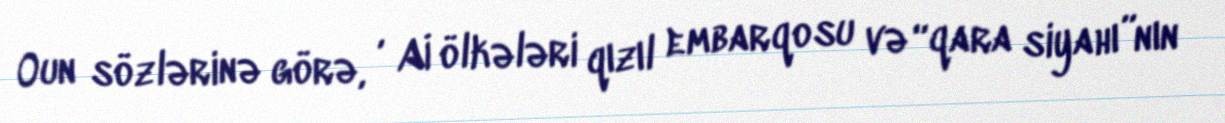
Oun sözlərinə görə, , Aİ ölkələri qızıl embarqosu və “qara siyahı”nın